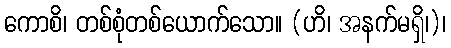
ကောစိ၊ တစ်စုံတစ်ယောက်သော။ (ဟိ၊ အနက်မရှိ၊)၊